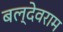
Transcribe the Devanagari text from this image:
बल्देवराम